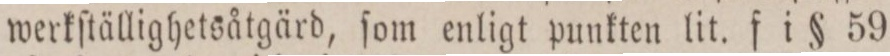
werkſtällighetsåtgärd, ſom enligt punkten lit. f i § 59